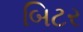
બિટર